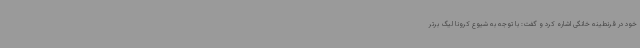
خود در قرنطینه خانگی اشاره کرد و گفت: با توجه به شیوع کرونا لیگ برتر